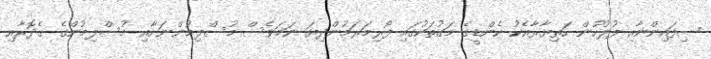
ސިފައިންނާއި ފުލުހުން ހަތިޔާރާއެކު ކެންޑީގެ މަގުތަކުގައި ފޯރިމަރަމުންދިޔަ ނަމަވެސް މުސްލިމުންނަށާއި މުސްލިމުންގެ ގެދޮރާއި